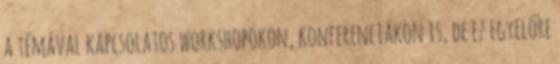
a témával kapcsolatos workshopokon, konferenciákon is, de ez egyelőre